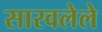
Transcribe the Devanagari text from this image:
सारवलेले